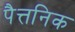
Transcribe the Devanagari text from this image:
पैत्तनिक